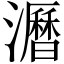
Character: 𤃝